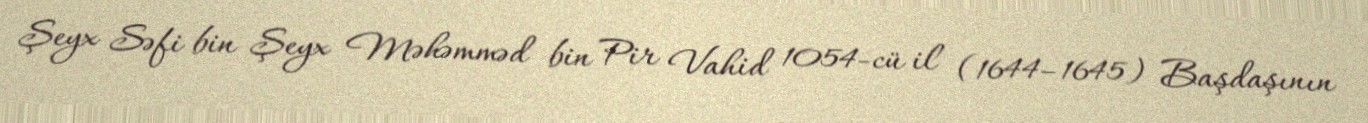
Şeyx Səfi bin Şeyx Məhəmməd bin Pir Vahid 1054-cü il (1644–1645) Başdaşının